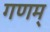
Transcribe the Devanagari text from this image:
गणम्